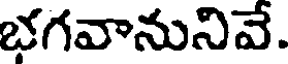
భగవానునివే.